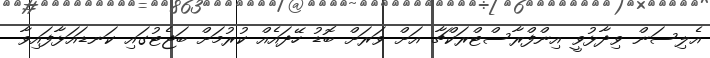
އެލިސަން ވިދާޅުވީ އިންފްރާސްޓްރަކްޗާ އަށް ވަރަށް ބޮޑު ހޭދައެއް ކުރުމަށް ބަޖެޓުގައި ކަނޑައަޅާފައިވާ